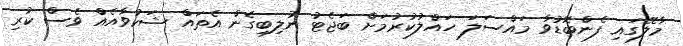
މާލޭގައި ފެންބޮޑުވާ މައްސަލަ ހައްލުކުރުމަށް ބަޖެޓު ނުލިބިގެން އެތައް ޝަކުވާއެއް ވެސް ކުރި